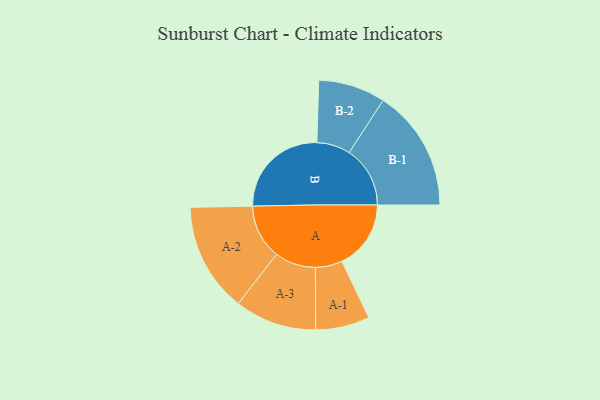
{"axis": {"x": "Segment", "y": "Value"}, "legend": ["", "A", "B"], "data": [{"x": "A", "y": 327, "type": ""}, {"x": "B", "y": 471, "type": ""}, {"x": "A-1", "y": 128, "type": "A"}, {"x": "A-2", "y": 259, "type": "A"}, {"x": "A-3", "y": 194, "type": "A"}, {"x": "B-1", "y": 289, "type": "B"}, {"x": "B-2", "y": 159, "type": "B"}]}